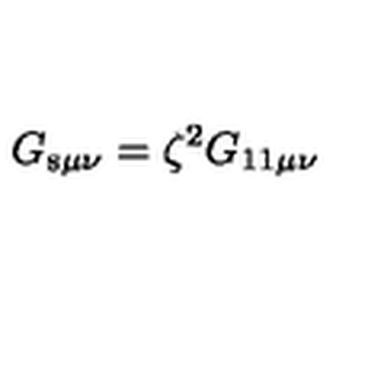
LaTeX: G _ { \mathrm { s } \mu \nu } = \zeta ^ { 2 } G _ { \mathrm { 1 1 } \mu \nu }